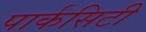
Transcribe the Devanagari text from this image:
पार्कसिटी